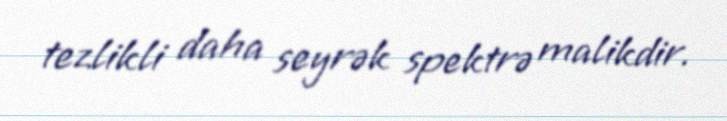
tezlikli daha seyrək spektrə malikdir.